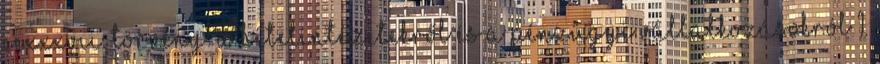
CCXXXVII. törvény. a hitelintézetekről és a pénzügyi vállalkozásokról 1.